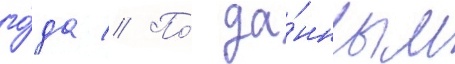
го́да // По́ да́нным